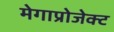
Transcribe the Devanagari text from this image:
मेगाप्रोजेक्ट